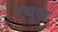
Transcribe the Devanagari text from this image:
रथूल